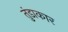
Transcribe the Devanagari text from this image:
तुंडाकार